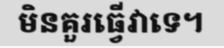
មិនគួរធ្វើវាទេ។